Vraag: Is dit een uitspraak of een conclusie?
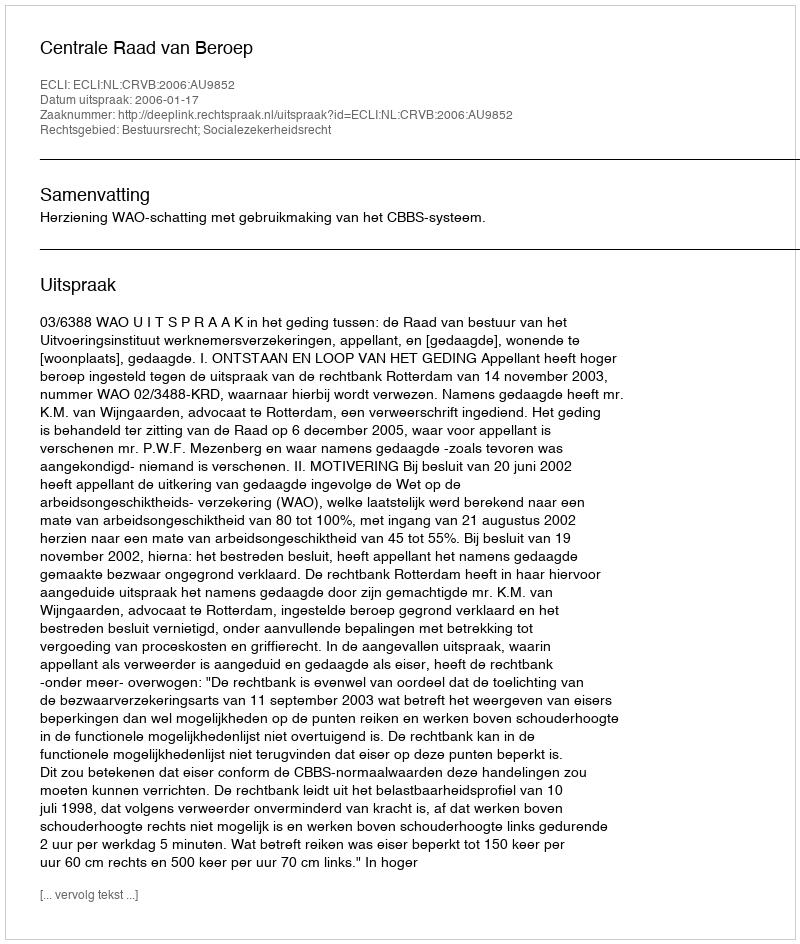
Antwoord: Uitspraak